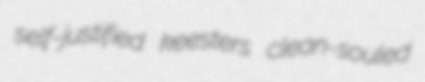
self-justified keesters clean-souled